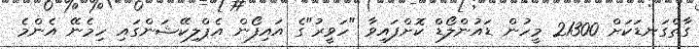
ގާތްގަނޑަކަށް 21300 މީހުން ޑައުންލޯޑް ކޮށްފައިވާ "ހަވީރު"ގެ އައިފޯން އެޕްލިކޭޝަންގައި ހިމެނޭ އެންމެ